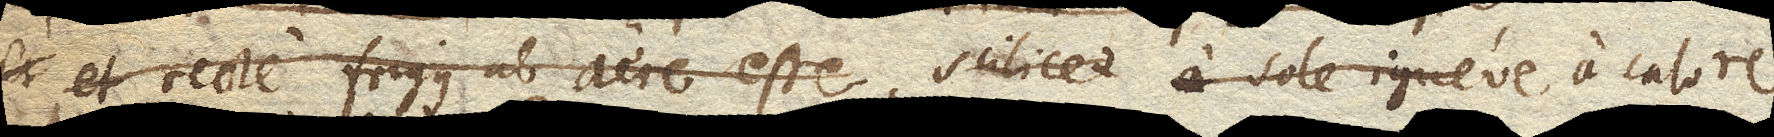
et recte frigus ab aere esse refrigerationem, ubi scilicet a sole igneve a calore